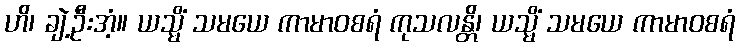
ဟိ၊ ချဲ့ဦးအံ့။ ယသ္မိံ သမယေ ကာမာဝစရံ ကုသလန္တိ၊ ယသ္မိံ သမယေ ကာမာဝစရံ